Bréfritari: Soffía Daníelsdóttir
Viðtakandi: Jakobína Magnúsdóttir og Daníel Halldórsson
Dagsetning: A-1901-03-31
Skrifað á: Skeggjastöðum  N-Múl.
Soffía var dóttir Jakobínu og Daníels

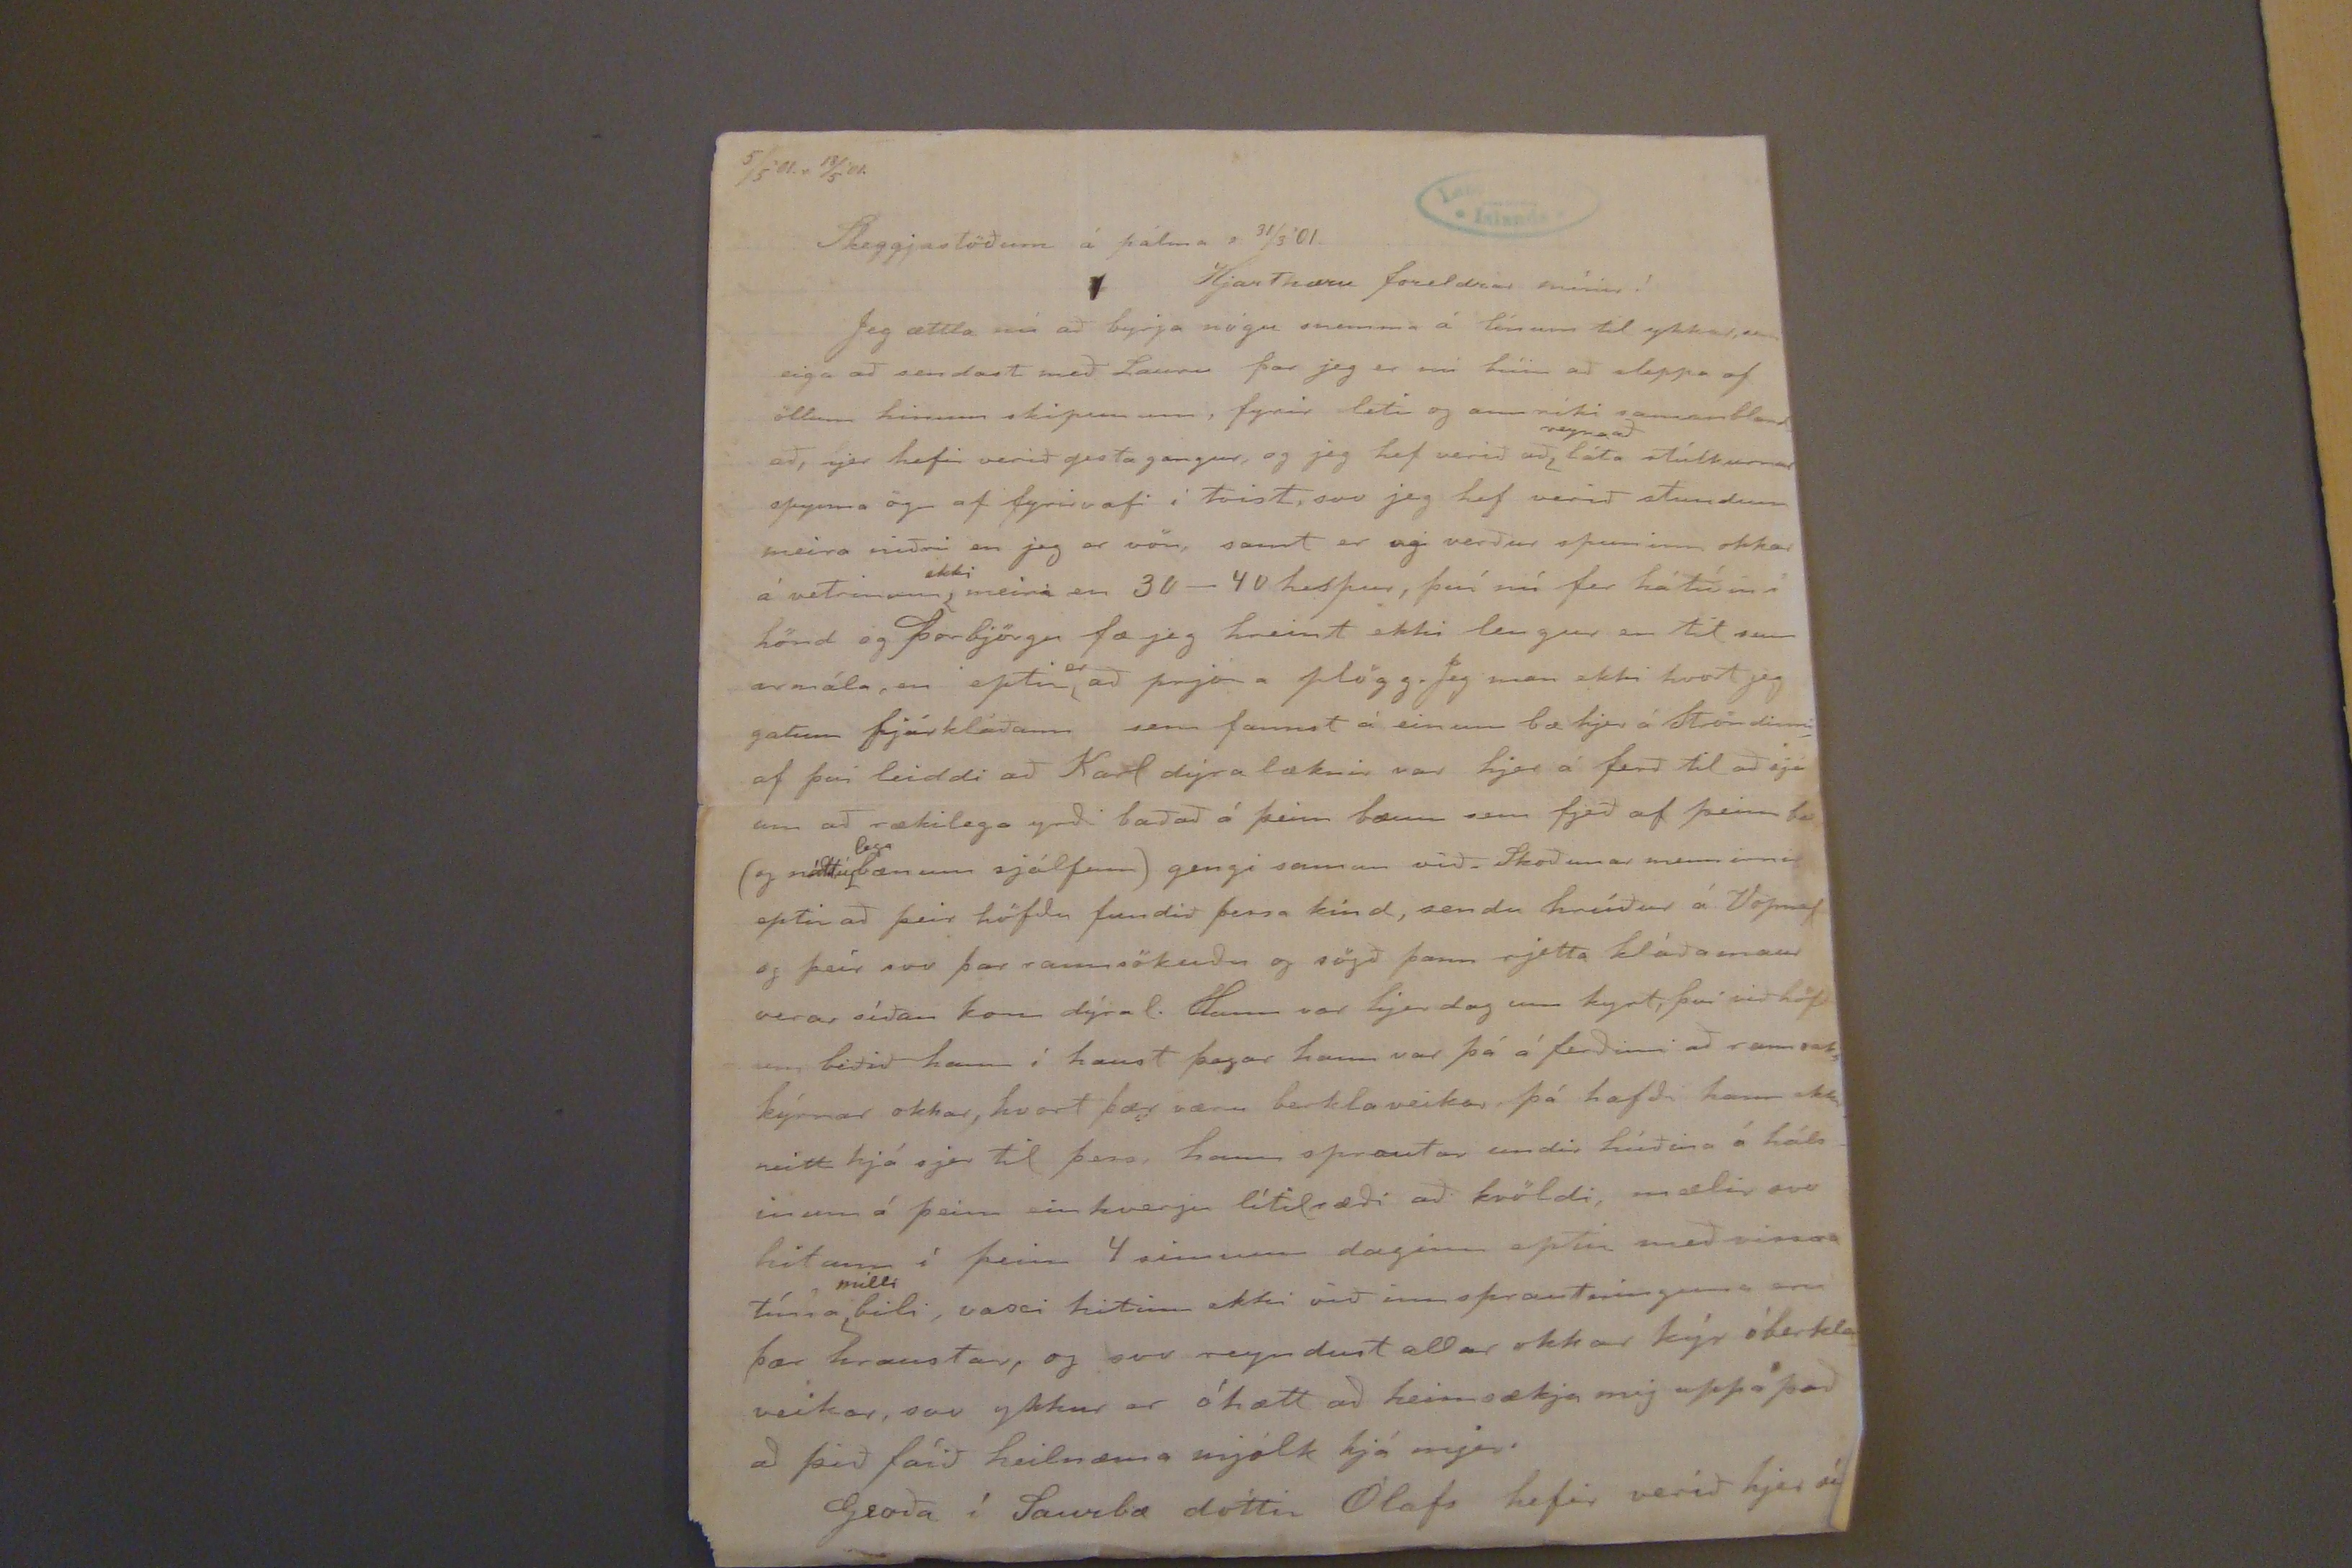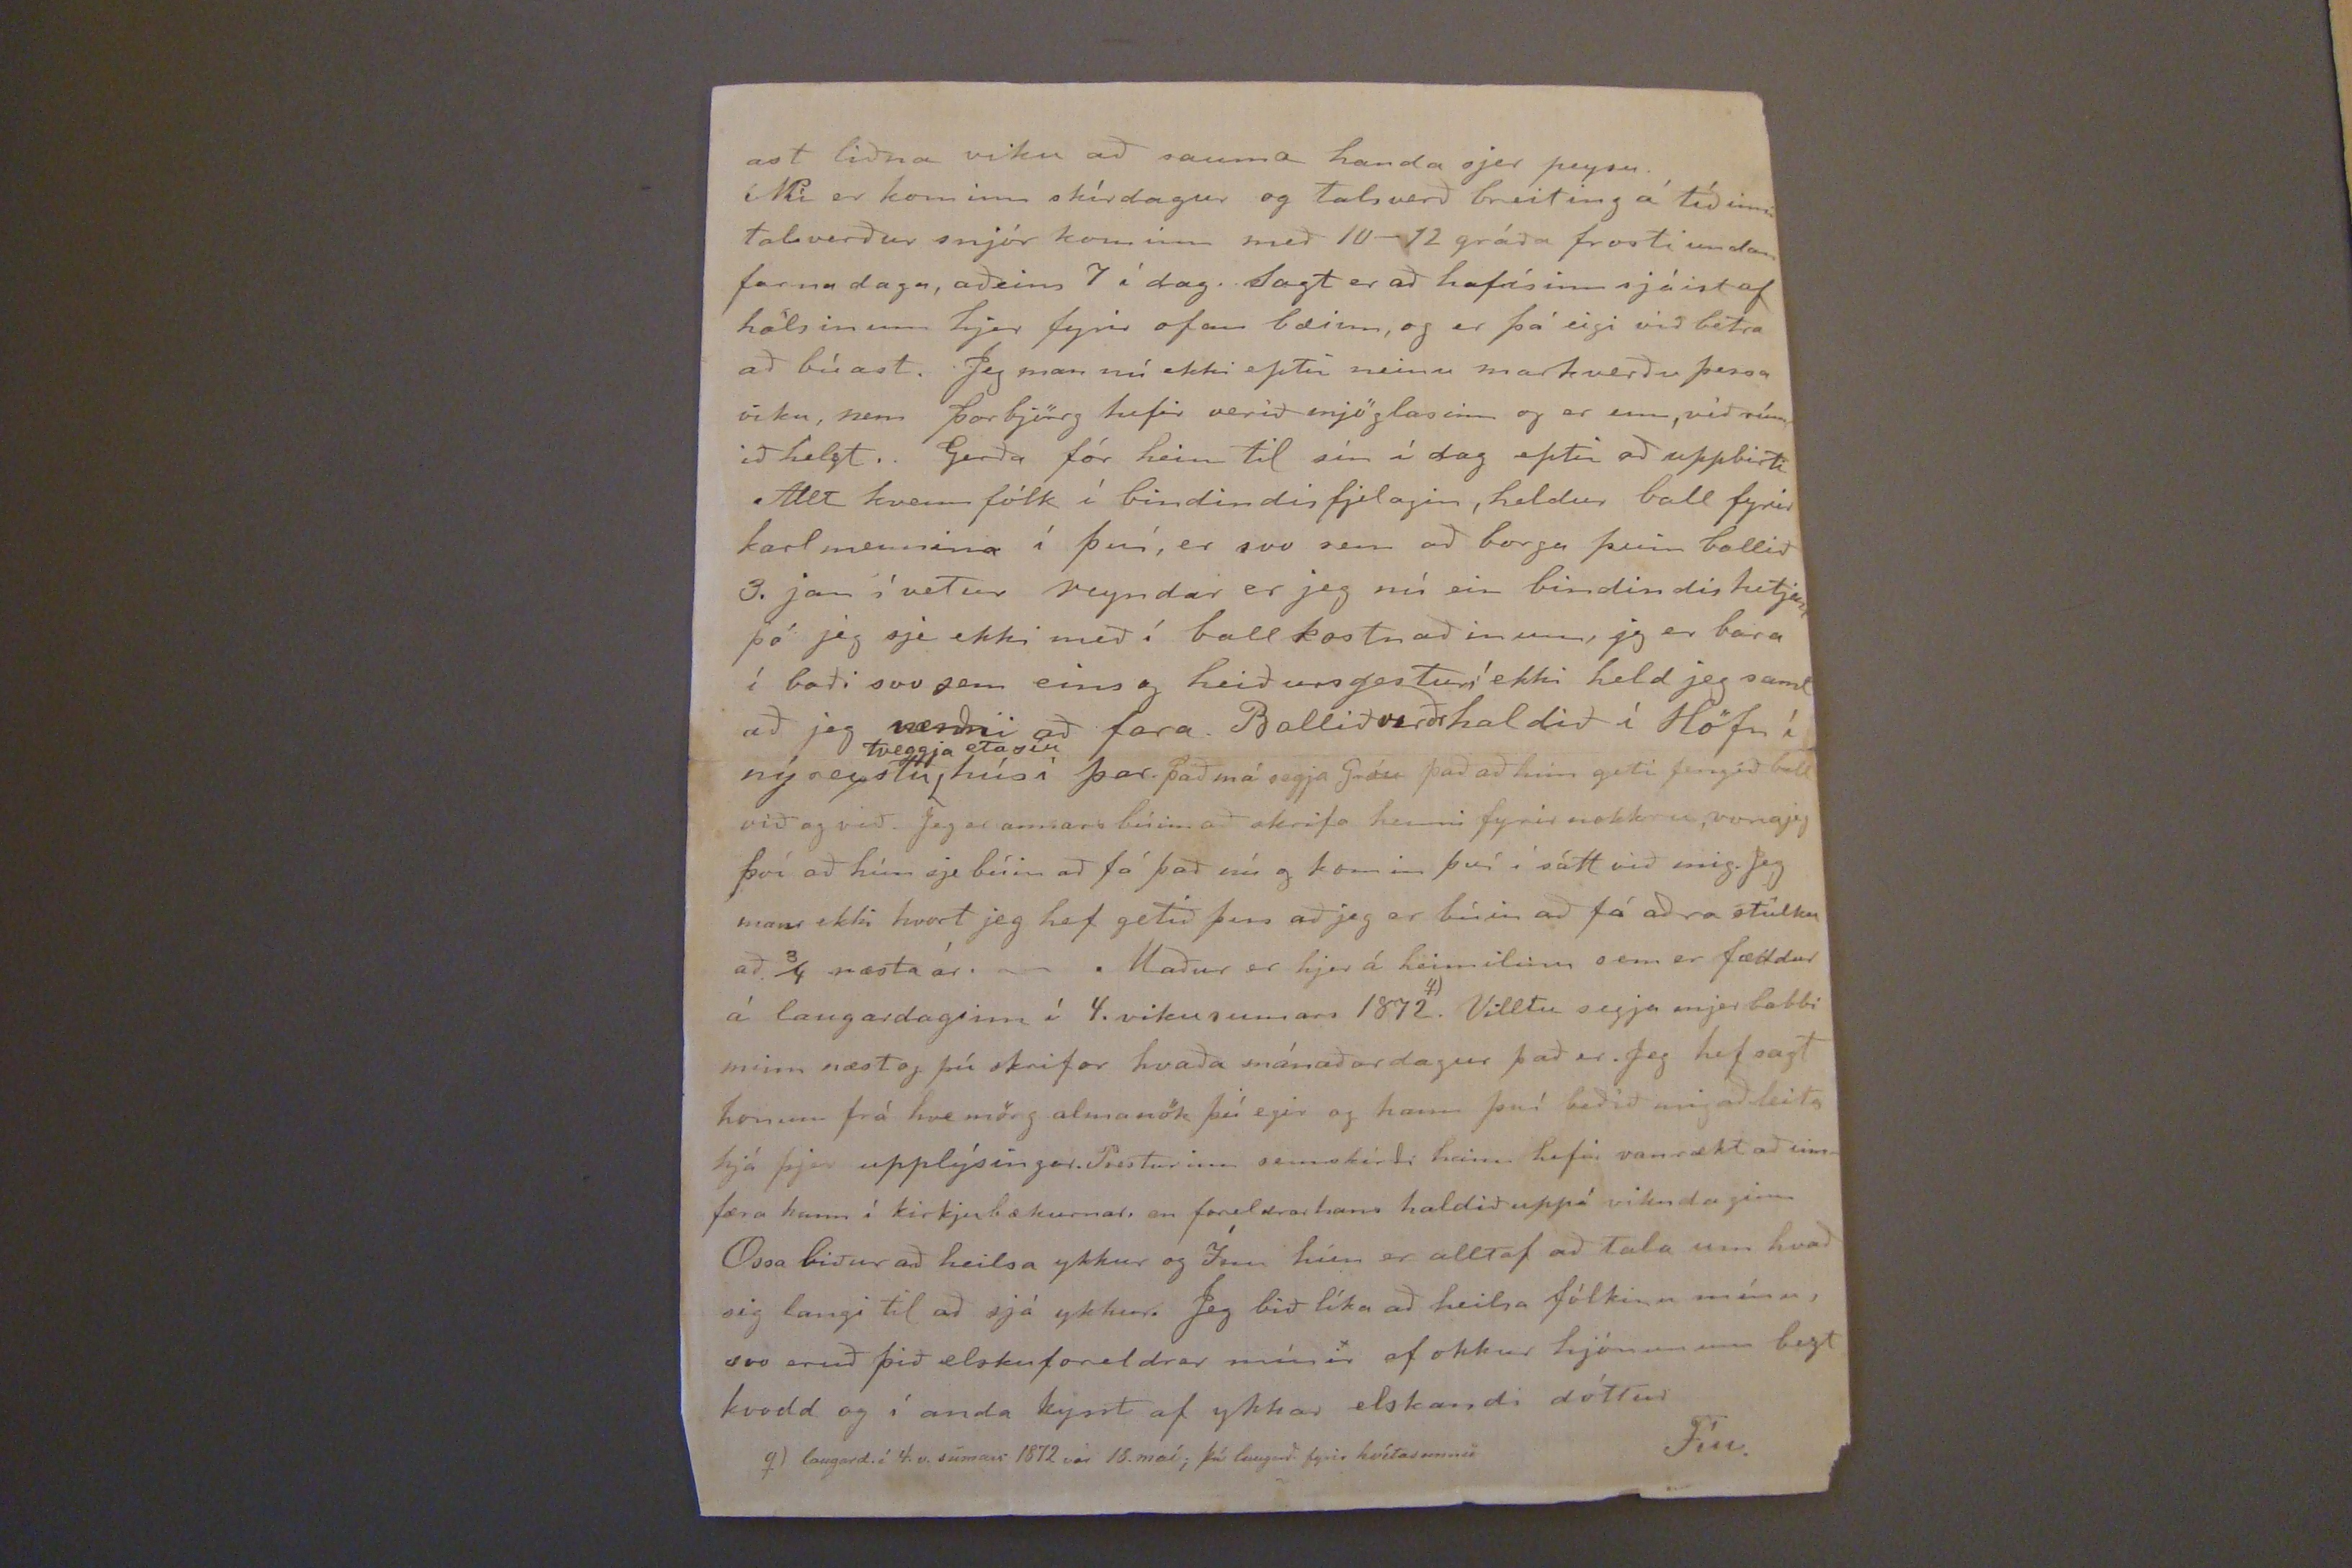

5/5'01.r 18/5'01.
Skeggjastöðum á pálma s 31/3'01.
Hjartkæru foreldrar mínir!
Jeg ættla nú að byrja nögu snemma á línum til ykkar, sem eiga að sendast með Lauru þar jeg er nú búin að sleppa af öllum hinum skipunum, fyrir leti og ann ríki samanbland að, hjer hefir verið gesta gangur, og jeg hef verið að
reyna að
láta stúlkurnar spynna ögn af fyrirvafi í tvist, svo jeg hef verið stundum meira niðri en jeg er vön, samt er agi verður spuninn okkar á vetrinum
ekki
meira en 30-40 hespur, því nú fer hátiðin í hönd og þorbjörgu fæ jeg hreint ekki lengur en til sumarmála, en eptir
er
að prjóna pögg. Jeg man ekki hvort jeg gatum fjárkláðann sem fannst á einum bæ hjer á Ströndinni af þvi leiddi að Karl dýra læknir var hjer á ferð til að sjá um að rækilega yrði baðað á þeim bæum sem fjeð af þeim bæ (og náttúr
lega
bænum sjálfum) gengi saman við. Skoðunar mennirnir eptir að þeir höfðu fundið þessa kind, sendu hrúður á Vopnaf og þeir svo þar rannsökuðu og sögð þann rjetta kláðamaur vera, síðan kom dýral. Hann var hjer dag um kyrt, því við höfðum biðið hann í haust þegar hann var þá á ferðinni að rannsaka kýrnar okkar, hvort þær væru berklaveikar þá hafði hann ekki neitt hjá sjer til þess, hann sprautar undir húðina á hálsinum á þeim einhverju lítilræði að kvöldi, mælir svo hitann í þeim 4 sinnum daginn eptir með vissra tíma
milli
bili, vaxi hitinn ekki við inn sprautinguna eru þær hraustar, og svo reyndust allar okkar kýr óberklaveikar, svo ykkur er óhætt að heimsækja mig uppá það að þið fáið heilnæmu mjólk hjá mjer.
Groða
í Saurbæ dóttir Ólafs hefir verið hjer
síð
ast liðna viku að sauma handa sjer peysu.
Nú er kominn skírdagur og talsverð breiting á tíðinni talsverður snjór kominn með 10-12 gráða frosti undan fornu daga, aðeins 7 í dag. Sagt er að hafísinn sjáist af hálsinum hjer fyrir ofan bæinn, og er þá eigi við betra að búast. Jeg man nú ekki eptir neinu markverðu þessa viku, nem þorbjörg hifir verið mjög lasinn og er enn, við rúmið helzt. Gerða fór heim til sín í dag eptir að uppbirti Allt kvenn fólk í bindindisfjelagin, heldur ball fyrir karlmennina í því, er svo sem að borga þeim ballið 3. jan í vetur reyndar er jeg nú ein bindindishetjan þó jeg sje ekki með í ball kostnaðinum, jeg er bara í boði svo sem eins og heiðursgestur! ekki held jeg samt að jeg
verði
að fara. Ballið verðr haldið í Höfn í ný reystu
tveggja
etagiu
húsí þar. það má segja Gróu það að hún geti fengið ball við og við. Jeg er annars búin að skrifa henni fyrir nokkru, vona jeg því að hún sje búin að fá það nú og komin því í sátt við mig. Jeg man ekki hvort jeg hef getið þess að jeg er búin að fá aðra stúlku að 3/4 næsta ár. Maður er hjer á heimilinu sem er fæddur á laugardaginn í 4. viku sumars 1872
q)
. Villtu segja mjer babbi minn næst og þú skrifar hvaða mánaðardagur það er. eg hef sagt honum frá hver mörg almanök þú egir og hann þv´ði beðið mig að leita hjá þjer upplýsingar. Pósturinn sem skírði hann hefir vanræktað umfæra hann í kirkjubækurnar. en foreldrar hans haldið uppá vikudaginn Ossa biður að heilsa ykkur og Ínu hún er alltaf að tala um hvað sig langi til að sjá ykkur. Jeg bið líka að heilsa fólkinu mínu, svo eruð þið elsku foreldrar mínir af okkur hjónunum bezt kvodd og í anda kysst af ykkar elskandi dóttur
Fíu.
q) laugard. í 4. vþ sumar 1872 var 13. maí; þá laugard. fyrir hvítasunnu